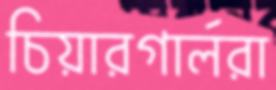
চিয়ারগার্লরা